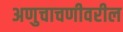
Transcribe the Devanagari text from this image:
अणुचाचणीवरील